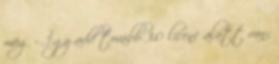
meg – Így add tovább 3.0 licenc alatt van;